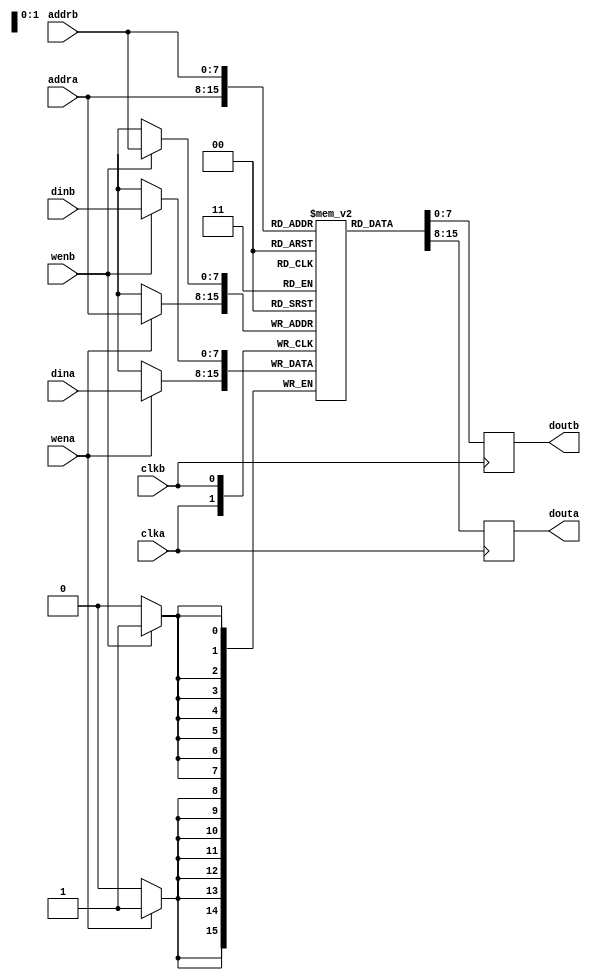
`timescale 1ns / 1ns
// True Dual-Port memory with independent clocks, and independent read/writes
// At least Xilinx synthesis tools should "find" this as block memory. See:
// https://www.xilinx.com/support/documentation/sw_manuals/xilinx2017_1/ug901-vivado-synthesis.pdf
// page 118, 119
module dpram(
	clka, clkb,
	addra, douta, dina, wena,
	addrb, doutb, dinb, wenb
);
parameter aw=8;
parameter dw=8;
parameter sz=(32'b1<<aw)-1;
	input clka, clkb, wena, wenb;
	input [aw-1:0] addra, addrb;
	input [dw-1:0] dina, dinb;
	output [dw-1:0] douta, doutb;

reg [dw-1:0] mem[sz:0];
reg [dw-1:0] douta, doutb;

// In principle this should work OK for synthesis, but
// there seems to be a bug in the Xilinx synthesizer
// triggered when k briefly becomes sz+1.
`ifdef SIMULATE
integer k=0;
initial
begin
	for (k=0;k<sz+1;k=k+1)
	begin
		mem[k]=0;
	end
end
`endif

// Conflict resolution is read-first for both ports
always @(posedge clka) begin
	if (wena) mem[addra]<=dina;
	douta <= mem[addra];
end
always @(posedge clkb) begin
	if (wenb) mem[addrb]<=dinb;
	doutb <= mem[addrb];
end

endmodule